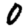
Digit: 0